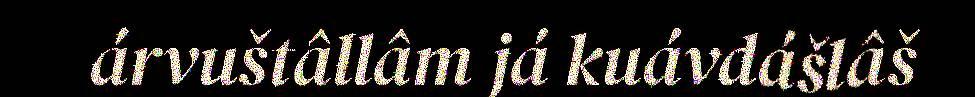
árvuštâllâm já kuávdášlâš